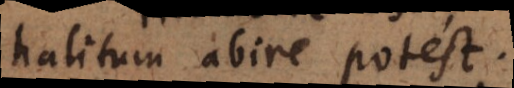
halitum abire potest.